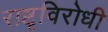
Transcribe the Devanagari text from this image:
राष्टृविरोधी